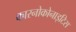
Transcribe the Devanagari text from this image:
कारनोकोनाइटिस